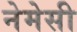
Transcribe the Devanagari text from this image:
नेमेसी